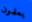
يعلمون